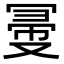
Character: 𠖗